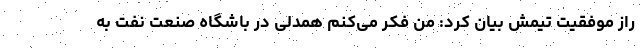
راز موفقیت تیمش بیان کرد: من فکر می‌کنم همدلی در باشگاه صنعت نفت به